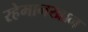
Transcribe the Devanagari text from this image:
रहेमानखान